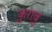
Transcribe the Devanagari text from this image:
कुराबु